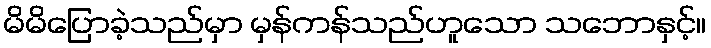
မိမိပြောခဲ့သည်မှာ မှန်ကန်သည်ဟူသော သဘောနှင့်။